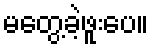
မတွေ့ခဲ့ဖူးပေ။